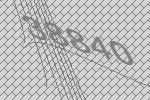
38840